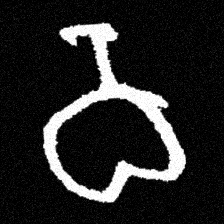
Pyu character \u2014 Myanmar letter: ဝ (romanized: wa)